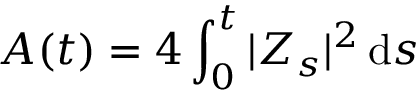
A ( t ) = 4 \int _ { 0 } ^ { t } | Z _ { s } | ^ { 2 } \, \mathrm { d } s